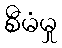
စီမံမှု